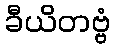
ခီယိတဗ္ဗံ